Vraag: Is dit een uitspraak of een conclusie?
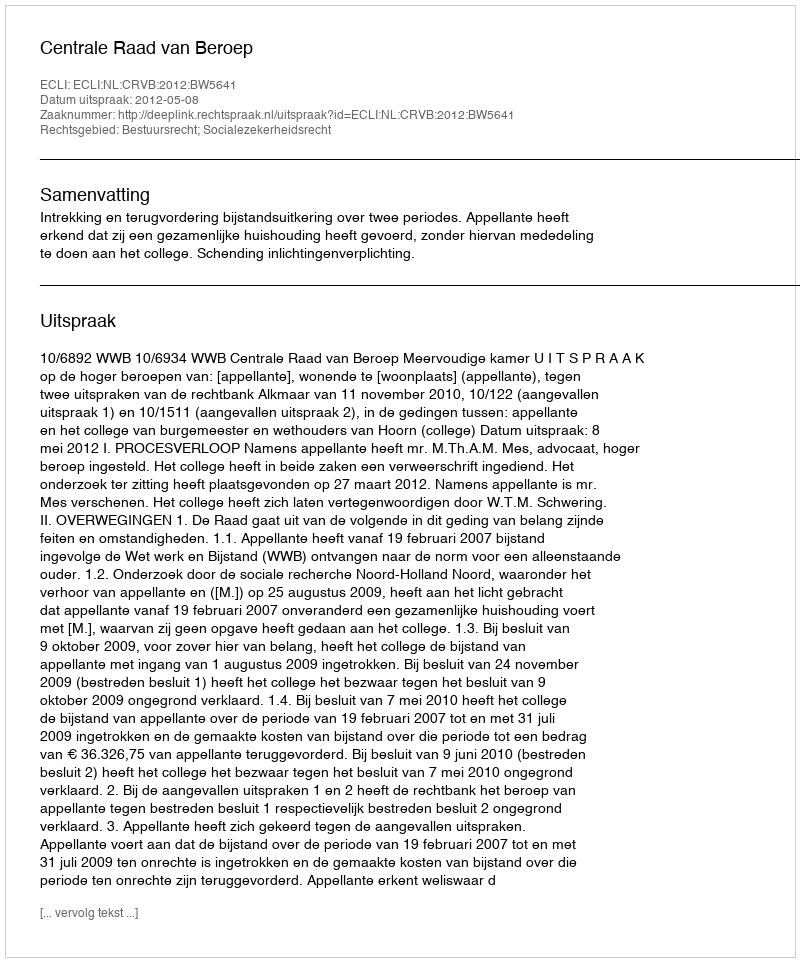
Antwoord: Uitspraak